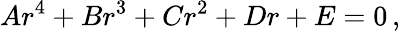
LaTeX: Ar^{4}+Br^{3}+Cr^{2}+Dr+E=0\, ,